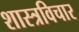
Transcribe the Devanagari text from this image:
शास्त्रविचार